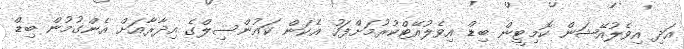
އަދި އިވެލުއޭޝަން ކޮމިޓީން ބިޑް އިވެލުއޭޓްކުރުމަށްފަހު އެކަން ކައުންސިލްގެ އިދާރާއަށް އެންގުމުން ބިޑް